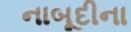
નાબૂદીના